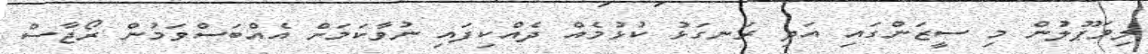
ލިވަޕޫލުން މި ސީޒަންގައި އަދި ރަނގަޅު ކުޅުމެއް ދެއްކިފައި ނުވާކަމަށް އެއްބަސްވަމުން ރޯޖާސް